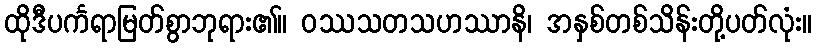
ထိုဒီပင်္ကရာမြတ်စွာဘုရား၏။ ဝဿသတသဟဿာနိ၊ အနှစ်တစ်သိန်းတို့ပတ်လုံး။